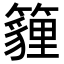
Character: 𥵷